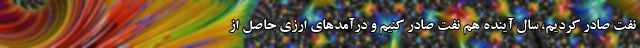
نفت صادر کردیم، سال آینده هم نفت صادر کنیم و درآمدهای ارزی حاصل از